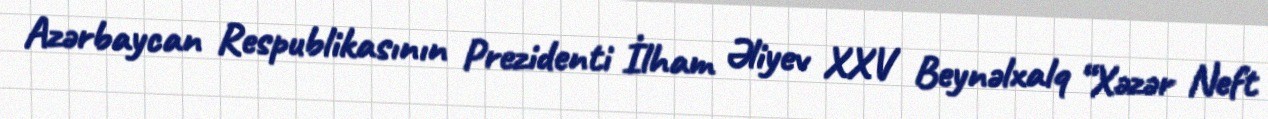
Azərbaycan Respublikasının Prezidenti İlham Əliyev XXV Beynəlxalq “Xəzər Neft